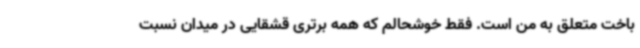
باخت متعلق به من است. فقط خوشحالم که همه برتری قشقایی در میدان نسبت